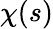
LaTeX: \chi(s)